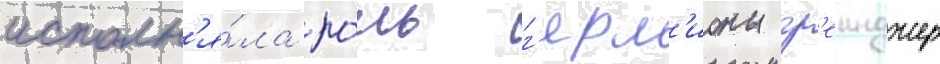
исполн'я́ла ро́ль г'ерм'ионы гр'еинджер